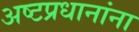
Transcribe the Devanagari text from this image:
अष्टप्रधानांना